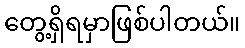
တွေ့ရှိရမှာဖြစ်ပါတယ်။